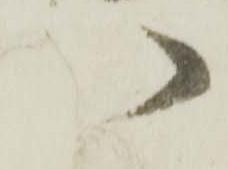
八